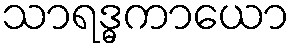
သာရဒ္ဓကာယော